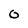
Character: 0